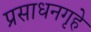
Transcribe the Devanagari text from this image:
प्रसाधनगृहे